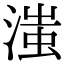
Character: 滍